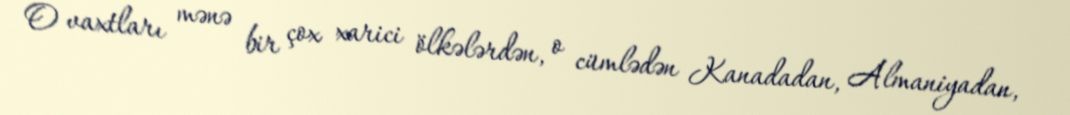
O vaxtları mənə bir çox xarici ölkələrdən, o cümlədən Kanadadan, Almaniyadan,